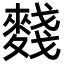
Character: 䴼